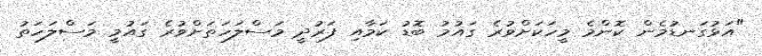
"އަޅުގަނޑުމެން ކޮންމެ މީހަކަށްވުރެ ގައުމު ބޮޑު ކަމާއި ފަރުދީ މަސްލަހަތަށްވުރެ ގައުމީ މަސްލަހަތު